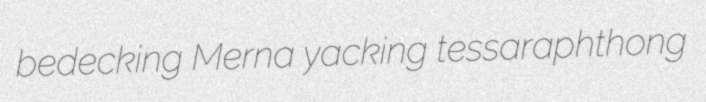
bedecking Merna yacking tessaraphthong